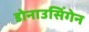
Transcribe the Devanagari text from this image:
डोनाउसिंगेन